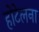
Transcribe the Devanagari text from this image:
होटेलना